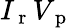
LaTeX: I_{\mathrm{~r~}}V_{\mathrm{~p~}}